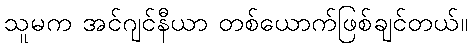
သူမက အင်ဂျင်နီယာ တစ်ယောက်ဖြစ်ချင်တယ်။